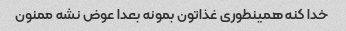
خدا کنه همینطوری غذاتون بمونه بعدا عوض نشه ممنون